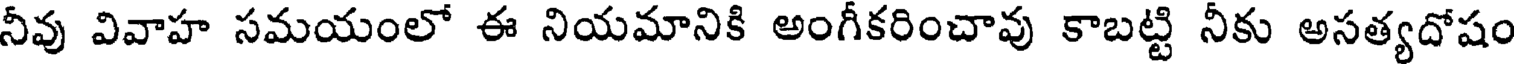
నీవు వివాహ సమయంలో ఈ నియమానికి అంగీకరించావు కాబట్టి నీకు అసత్యదోషం